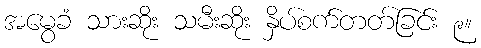
အမွေခံ သားဆိုး သမီးဆိုး နှိပ်စက်တတ်ခြင်း ၉။